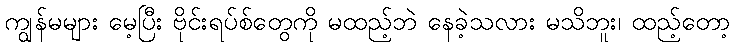
ကျွန်မများ မေ့ပြီး ဗိုင်းရပ်စ်တွေကို မထည့်ဘဲ နေခဲ့သလား မသိဘူး၊ ထည့်တော့